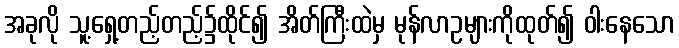
အခုလို သူ့ရှေ့တည့်တည့်၌ထိုင်၍ အိတ်ကြီးထဲမှ မုန်လာဥများကိုထုတ်၍ ဝါးနေသော